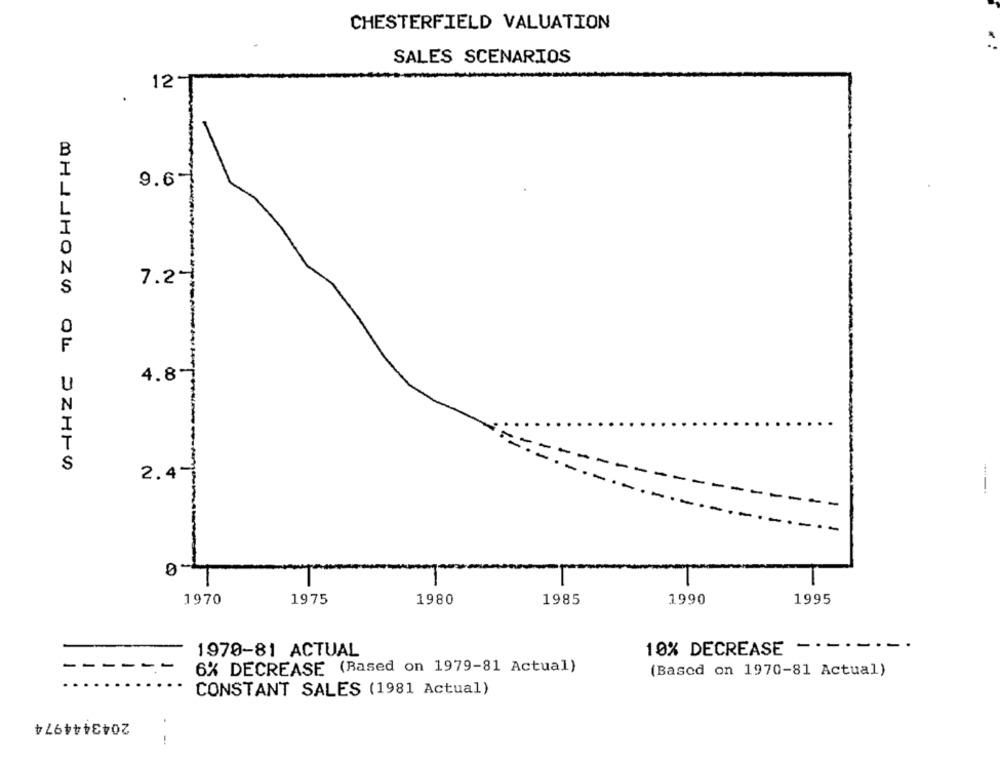
CHESTERFIELD VALUATION
SALES SCENARIOS
12-
B
I
9.64
0
N
7.24
S
0
F
4.8"
U
N
I
T
S
2.4"
1970
1975
1980
1985
1990
1995
1970-81 ACTUAL
10% DECREASE -·-·
6% DECREASE (Based on 1979-81 Actual)
(Based on 1970-81 Actual)
CONSTANT SALES (1981 Actual)
2043444974